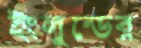
ইংলুন্ডের